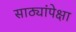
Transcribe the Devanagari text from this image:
साठ्यांपेक्षा